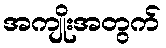
အကျိုးအတွက်